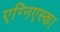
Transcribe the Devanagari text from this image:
एग्निएस्का